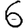
Digit: 6